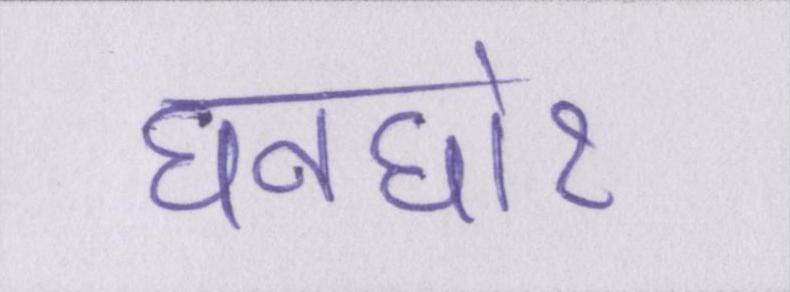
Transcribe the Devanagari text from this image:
घनघोर